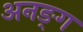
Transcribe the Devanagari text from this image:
अनङ्‌ग